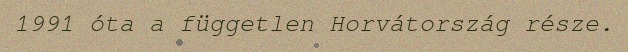
1991 óta a független Horvátország része.